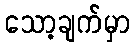
သော့ချက်မှာ